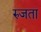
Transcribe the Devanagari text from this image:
रुजता